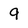
Character: 9